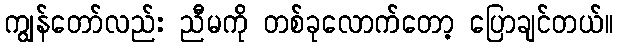
ကျွန်တော်လည်း ညီမကို တစ်ခုလောက်တော့ ပြောချင်တယ်။